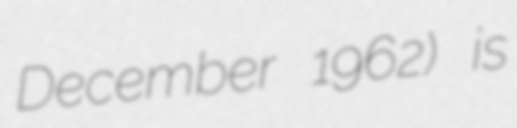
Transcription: December 1962) is